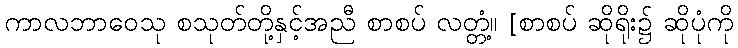
ကာလဘာဝေသု စသုတ်တို့နှင့်အညီ စာစပ် လတ္တံ့။ [စာစပ် ဆိုရိုး၌ ဆိုပုံကို